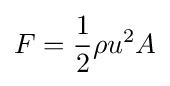
F={\frac {1}{2}}\rho u^{2}A